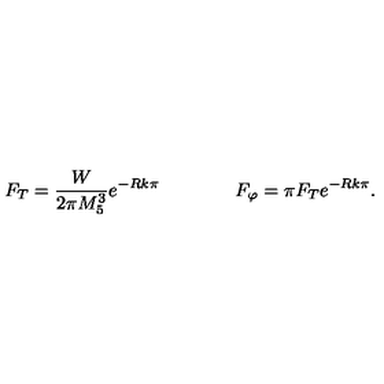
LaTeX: F _ { T } = \frac { W } { 2 \pi M _ { 5 } ^ { 3 } } e ^ { - R k \pi } \qquad \qquad F _ { \varphi } = \pi F _ { T } e ^ { - R k \pi } .